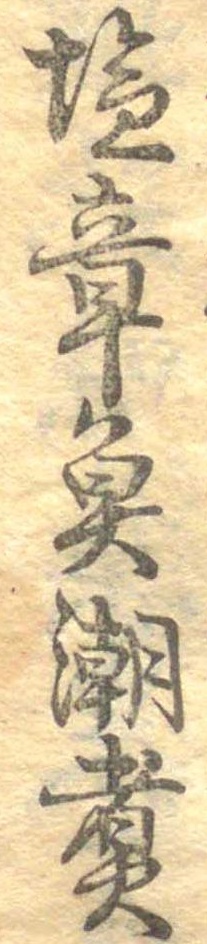
塩章魚潮煮